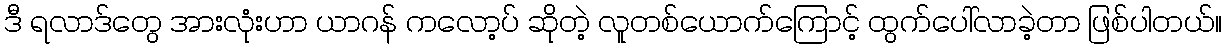
ဒီ ရလာဒ်တွေ အားလုံးဟာ ယာဂန် ကလော့ပ် ဆိုတဲ့ လူတစ်ယောက်ကြောင့် ထွက်ပေါ်လာခဲ့တာ ဖြစ်ပါတယ်။